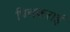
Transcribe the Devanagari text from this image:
पिचकराइं